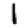
Digit: 1